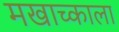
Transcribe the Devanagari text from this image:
मखाच्काला